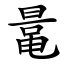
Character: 鼌